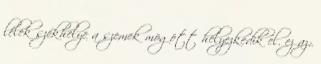
lélek székhelye a szemek mögött helyezkedik el. ez az: